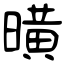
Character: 曂